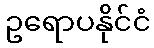
ဥရောပနိုင်ငံ